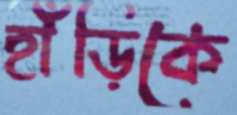
হাঁড়িকে